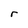
Character: r